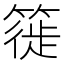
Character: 簁